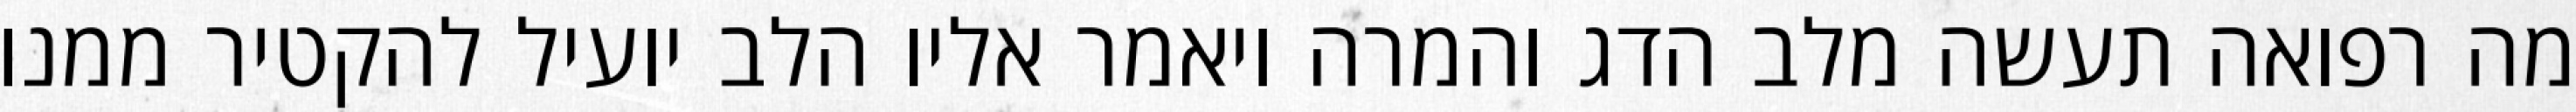
מה רפואה תעשה מלב הדג והמרה ויאמר אליו הלב יועיל להקטיר ממנו